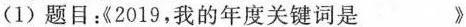
(1)题目：《2019，我的年度关键词是___》